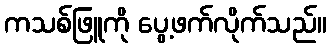
ကသစ်ဖြူကို ပွေ့ဖက်လိုက်သည်။